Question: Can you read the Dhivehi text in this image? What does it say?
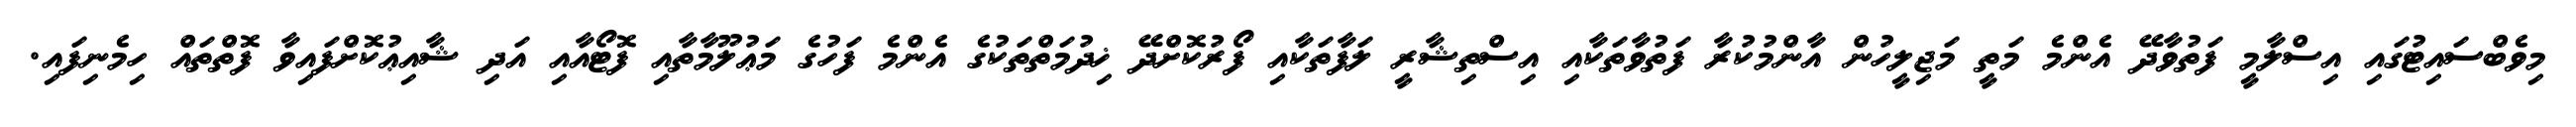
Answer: މިވެބްސައިޓުގައި އިސްލާމީ ފަތުވާދޭ އެންމެ މަތީ މަޖިލީހުން އާންމުކުރާ ފަތުވާތަކާއި އިސްތިޝާރީ ލަފާތަކާއި ފޯރުކޮށްދޭ ޚިދުމަތްތަކުގެ އެންމެ ފަހުގެ މަޢުލޫމާތާއި ފޮޓޯއާއި އަދި ޝާއިޢުކޮށްފައިވާ ފޮތްތައް ހިމެނިފައި.